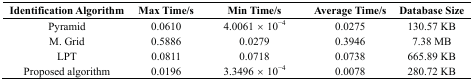
<table><thead><tr><td><b>Identification Algorithm</b></td><td><b>Max Time/s</b></td><td><b>Min Time/s</b></td><td><b>Average Time/s</b></td><td><b>Database Size</b></td></tr></thead><tbody><tr><td>Pyramid</td><td>0.0610</td><td>4.0061 × 10<sup>−</sup><sup>4</sup></td><td>0.0275</td><td>130.57 KB</td></tr><tr><td>M. Grid</td><td>0.5886</td><td>0.0279</td><td>0.3946</td><td>7.38 MB</td></tr><tr><td>LPT</td><td>0.0811</td><td>0.0718</td><td>0.0738</td><td>665.89 KB</td></tr><tr><td>Proposed algorithm</td><td>0.0196</td><td>3.3496 × 10<sup>−</sup><sup>4</sup></td><td>0.0078</td><td>280.72 KB</td></tr></tbody></table>